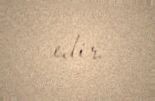
edir.